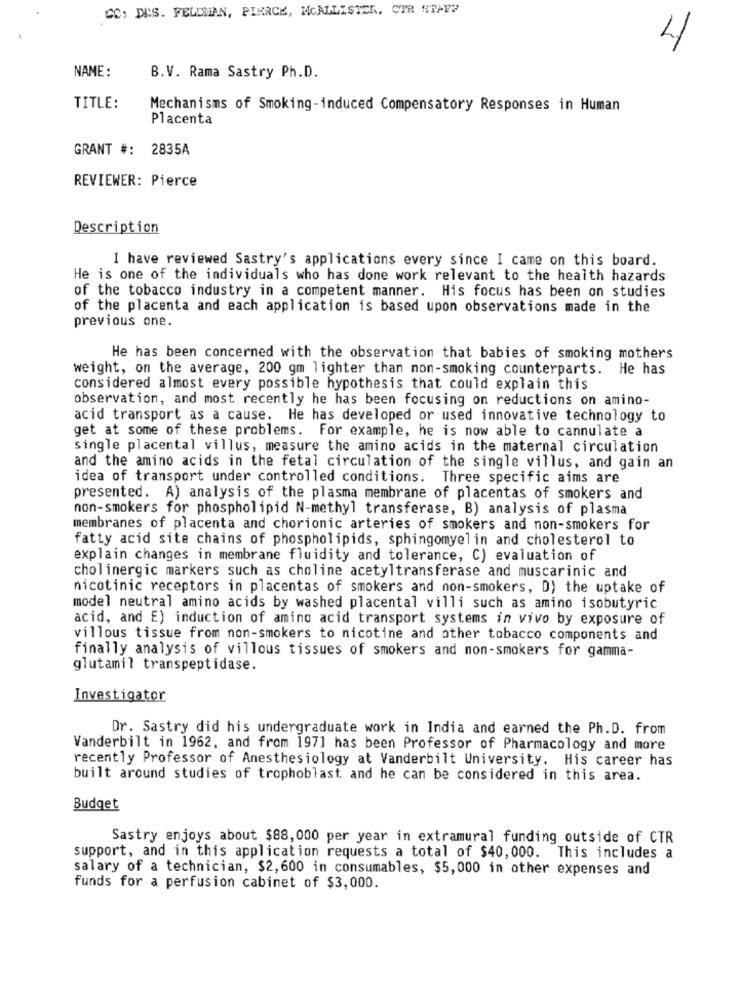
CC: DES. FELDMAN, PIERCE, MCALLISTER, CTR WIFE?
4
NAME :
B.V. Rama Sastry Ph.D.
TITLE:
Mechanisms of Smoking-induced Compensatory Responses in Human
Placenta
GRANT #: 2835A
REVIEWER: Pierce
Description
I have reviewed Sastry's applications every since I came on this board.
He is one of the individuals who has done work relevant to the health hazards
of the tobacco industry in a competent manner. His focus has been on studies
of the placenta and each application is based upon observations made in the
previous one.
He has been concerned with the observation that babies of smoking mothers
weight, on the average, 200 gm lighter than non-smoking counterparts. He has
considered almost every possible hypothesis that could explain this
observation, and most recently he has been focusing on reductions on amino-
acid transport as a cause. He has developed or used innovative technology to
get at some of these problems. For example, he is now able to cannulate a
single placental villus, measure the amino acids in the maternal circulation
and the amino acids in the fetal circulation of the single villus, and gain an
idea of transport under controlled conditions. Three specific aims are
presented. A) analysis of the plasma membrane of placentas of smokers and
non-smokers for phospholipid N-methyl transferase, B) analysis of plasma
membranes of placenta and chorionic arteries of smokers and non-smokers for
fatty acid site chains of phospholipids, sphingomyelin and cholesterol to
explain changes in membrane fluidity and tolerance, C) evaluation of
cholinergic markers such as choline acetyltransferase and muscarinic and
nicotinic receptors in placentas of smokers and non-smokers, D) the uptake of
model neutral amino acids by washed placental villi such as amino isobutyric
acid, and E) induction of amino acid transport systems in vivo by exposure of
villous tissue from non-smokers to nicotine and other tobacco components and
finally analysis of villous tissues of smokers and non-smokers for gamma-
glutamil transpeptidase.
Investigator
Dr. Sastry did his undergraduate work in India and earned the Ph.D. from
Vanderbilt in 1962, and from 1971 has been Professor of Pharmacology and more
recently Professor of Anesthesiology at Vanderbilt University. His career has
built around studies of trophoblast and he can be considered in this area.
Budget
Sastry enjoys about $88, 000 per year in extramural funding outside of CTR
support, and in this application requests a total of $40,000. This includes a
salary of a technician, $2,600 in consumables, $5,000 in other expenses and
funds for a perfusion cabinet of $3,000.